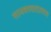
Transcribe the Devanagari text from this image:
सायबरवातावरण